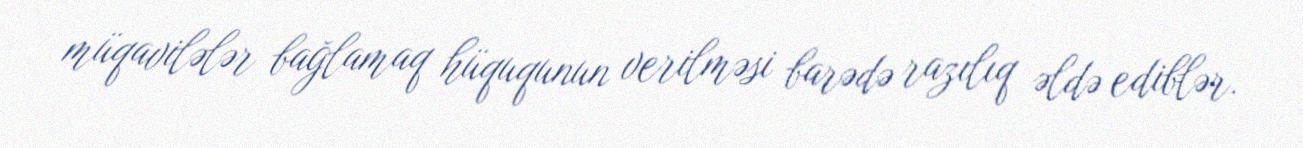
müqavilələr bağlamaq hüququnun verilməsi barədə razılıq əldə ediblər.